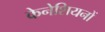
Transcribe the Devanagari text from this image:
केनेशियनों